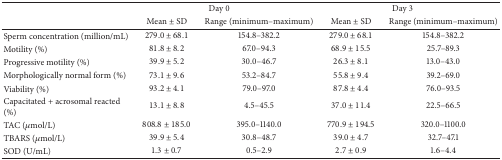
| <ROWSPAN=2>  | <COLSPAN=2> Day 0 | <COLSPAN=2> Day 3 |
 | Mean ± SD | Range (minimum–maximum) | Mean ± SD | Range (minimum–maximum) |
 | --- | --- | --- | --- | --- |
 | Sperm concentration (million/mL) | 279.0 ± 68.1 | 154.8–382.2 | 279.0 ± 68.1 | 154.8–382.2 |
 | Motility (%) | 81.8 ± 8.2 | 67.0–94.3 | 68.9 ± 15.5 | 25.7–89.3 |
 | Progressive motility (%) | 39.9 ± 5.2 | 30.0–46.7 | 26.3 ± 8.1 | 13.0–43.0 |
 | Morphologically normal form (%) | 73.1 ± 9.6 | 53.2–84.7 | 55.8 ± 9.4 | 39.2–69.0 |
 | Viability (%) | 93.2 ± 4.1 | 79.0–97.0 | 87.8 ± 4.4 | 76.0–93.5 |
 | Capacitated + acrosomal reacted (%) | 13.1 ± 8.8 | 4.5–45.5 | 37.0 ± 11.4 | 22.5–66.5 |
 | TAC (μmol/L) | 808.8 ± 185.0 | 395.0–1140.0 | 770.9 ± 194.5 | 320.0–1100.0 |
 | TBARS (μmol/L) | 39.9 ± 5.4 | 30.8–48.7 | 39.0 ± 4.7 | 32.7–47.1 |
 | SOD (U/mL) | 1.3 ± 0.7 | 0.5–2.9 | 2.7 ± 0.9 | 1.6–4.4 |